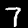
Digit: 7